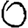
Digit: 0